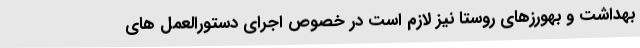
بهداشت و بهورزهای روستا نیز لازم است در خصوص اجرای دستورالعمل های